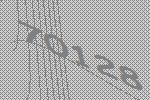
70128